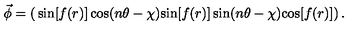
\vec { \phi } = \left( \begin{matrix} { \sin [ f ( r ) ] \cos ( n \theta - \chi ) } \\ { \sin [ f ( r ) ] \sin ( n \theta - \chi ) } \\ { \cos [ f ( r ) ] } \\ \end{matrix} \right) .